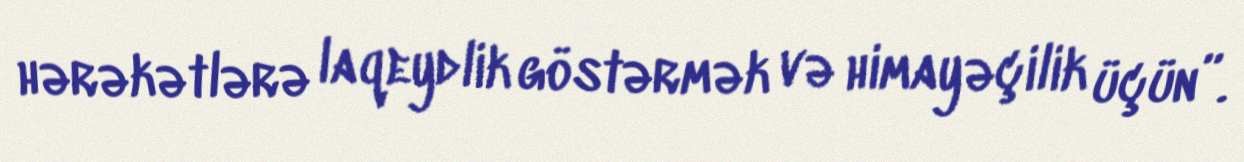
hərəkətlərə laqeydlik göstərmək və himayəçilik üçün”.